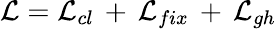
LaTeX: {\cal L}={\cal L}_{cl}\, +\, {\cal L}_{fix}\, +\, {\cal L}_{gh}